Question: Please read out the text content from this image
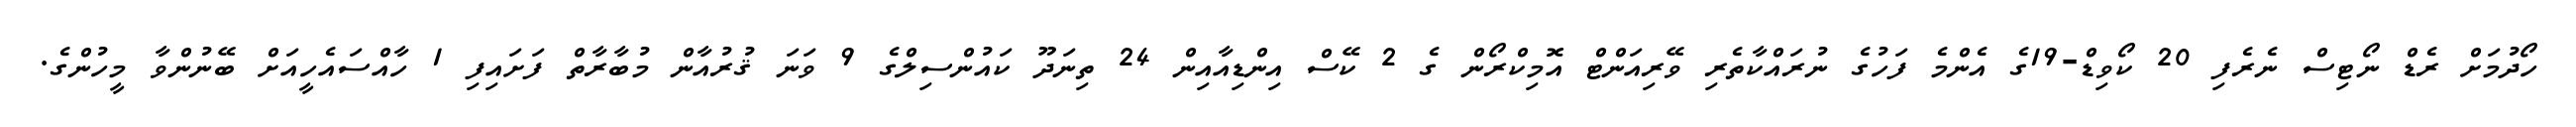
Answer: ހޯދުމަށް ރެޑް ނޯޓިސް ނެރެފި 20 ކޯވިޑް-19ގެ އެންމެ ފަހުގެ ނުރައްކާތެރި ވޭރިއަންޓް އޮމިކްރޯން ގެ 2 ކޭސް އިންޑިއާއިން 24 ތިނަދޫ ކައުންސިލްގެ 9 ވަނަ ޤުރުއާން މުބާރާތް ފަށައިފި 1 ހާއްސައެހީއަށް ބޭނުންވާ މީހުންގެ.